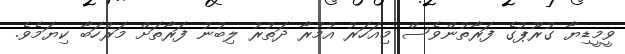
ވީމީޑިޔާ ގުރޫޕުގެ ފަރާތުންވެސް މިއަހަރު އުމުރާ ދަތުރު ލިބުނު ފަރާތަށް މަރުހަބާ ކިޔަމެވެ.